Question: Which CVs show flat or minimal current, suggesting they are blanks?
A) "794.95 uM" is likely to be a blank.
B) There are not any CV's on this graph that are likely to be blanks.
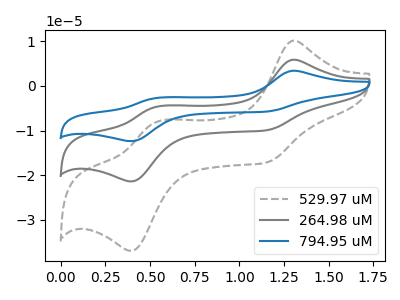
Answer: <think>The gray dashed curve "529.97 uM" has anodic peaks at (1.30V, 10.10uA) (0.55V, -8.20uA) and cathodic peaks at (1.15V, -17.05uA) (0.40V, -36.90uA). The gray curve "264.98 uM" has anodic peaks at (1.30V, 5.85uA) (0.55V, -4.75uA) and cathodic peaks at (1.15V, -9.90uA) (0.40V, -21.35uA). The blue curve "794.95 uM" has anodic peaks at (1.30V, 11.70uA) (0.55V, -9.50uA) and cathodic peaks at (1.15V, -19.75uA) (0.40V, -42.75uA).</think>
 <answer>B) There are not any CV's on this graph that are likely to be blanks.</answer>
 <eval>B</eval>